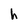
Character: h